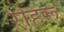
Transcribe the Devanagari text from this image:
रोहरू